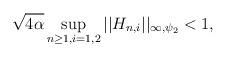
\begin{align*}\sqrt{4\alpha}\sup_{n \ge 1, i=1,2} ||H_{n,i}||_{\infty, \psi_2} <1, \end{align*}